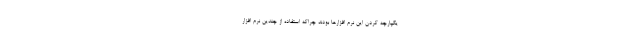
یکپارچه کردن این نرم افزارها بودند چراکه استفاده از چندین نرم افزار